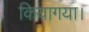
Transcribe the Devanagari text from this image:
कियागया।